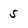
Character: 5